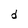
Character: d